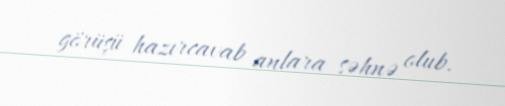
görüşü hazırcavab anlara səhnə olub.